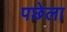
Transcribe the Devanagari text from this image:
पछेला